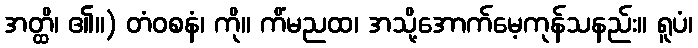
အတ္ထိ၊ ၏။) တံဝစနံ၊ ကို။ ကိံမညထ၊ အသို့အောက်မေ့ကုန်သနည်း။ ရူပံ၊